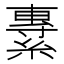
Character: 𦄯